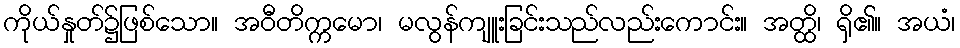
ကိုယ်နှုတ်၌ဖြစ်သော။ အဝီတိက္ကမော၊ မလွန်ကျူးခြင်းသည်လည်းကောင်း။ အတ္ထိ၊ ရှိ၏။ အယံ၊